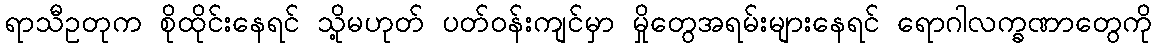
ရာသီဥတုက စိုထိုင်းနေရင် သို့မဟုတ် ပတ်ဝန်းကျင်မှာ မှိုတွေအရမ်းများနေရင် ရောဂါလက္ခဏာတွေကို